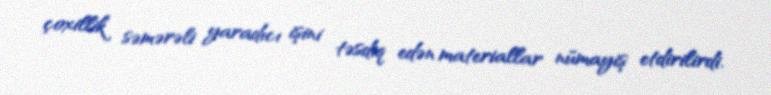
çoxillik səmərəli yaradıcı işini təsdiq edən materiallar nümayiş etdirilirdi.